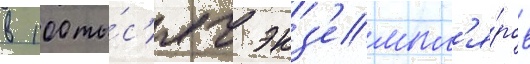
в 100 ты́с'яч экз'емпл'я́ров